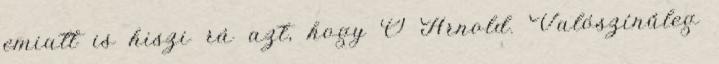
emiatt is hiszi rá azt, hogy Ő Arnold. Valószínűleg